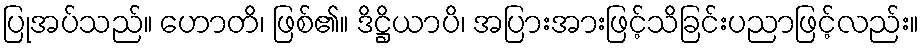
ပြုအပ်သည်။ ဟောတိ၊ ဖြစ်၏။ ဒိဋ္ဌိယာပိ၊ အပြားအားဖြင့်သိခြင်းပညာဖြင့်လည်း။